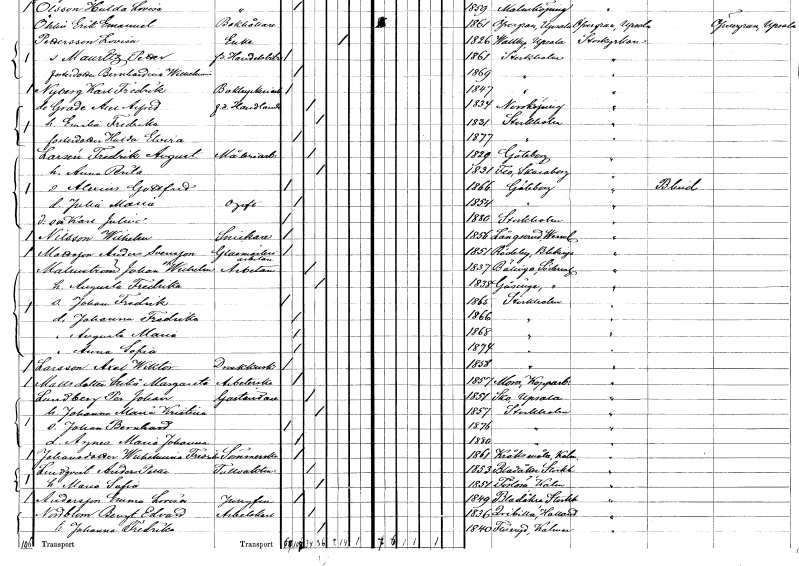
gt_parse: households: individuals: FN: Fredrik August
EN: Larsén
YRKE: Måleriarbetare
KON: M
CIV: G
FODAR: 1829
FODFORS: Göteborg Göteborgs- och Bohuslän
FN: Anna Brita
KON: K
CIV: G
FODAR: 1831
FODFORS: Flo Skaraborgs län
FN: Alexius Gottfrid
KON: M
CIV: O
FODAR: 1866
FODFORS: Göteborg Göteborgs- och Bohuslän
FN: Julia Maria
KON: K
CIV: O
FODAR: 1854
FODFORS: Göteborg Göteborgs- och Bohuslän
FN: Karl Julius
KON: M
CIV: O
FODAR: 1880
FODFORS: Stockholm
FN: Wilhelm
EN: Nilsson
YRKE: Snickare
KON: M
CIV: O
FODAR: 1856
FODFORS: Långserud Värmlands län
FN: Anders
EN: Mattsson Svensson
YRKE: Glasmästeriarbetare
KON: M
CIV: O
FODAR: 1851
FODFORS: Rödeby Blekinge län
FN: Johan Wilhelm
EN: Malmström
YRKE: Arbetare
KON: M
CIV: G
FODAR: 1837
FODFORS: Bälinge Södermanlands län
FN: Augusta Fredrika
KON: K
CIV: G
FODAR: 1838
FODFORS: Gåsinge Södermanlands län
FN: Johan Fredrik
KON: M
CIV: O
FODAR: 1865
FODFORS: Stockholm
FN: Johanna Fredrika
KON: K
CIV: O
FODAR: 1866
FODFORS: Stockholm
FN: Augusta Maria
KON: K
CIV: O
FODAR: 1868
FODFORS: Stockholm
FN: Anna Sofia
KON: K
CIV: O
FODAR: 1874
FODFORS: Stockholm
FN: Axel Wiktor
EN: Larsson
YRKE: Droskkusk
KON: M
CIV: O
FODAR: 1858
FODFORS: Stockholm
FN: Stikå Margareta
EN: Mattsdotter
YRKE: Arbeterska
KON: K
CIV: O
FODAR: 1857
FODFORS: Mora Kopparbergs län
FN: Per Johan
EN: Lundberg
YRKE: Gaständare
KON: M
CIV: G
FODAR: 1851
FODFORS: Sko Uppsala län
FN: Johanna Maria Kristina
KON: K
CIV: G
FODAR: 1857
FODFORS: Stockholm
FN: Johan Bernhard
KON: M
CIV: O
FODAR: 1876
FODFORS: Stockholm
FN: Agnes Maria Johanna
KON: K
CIV: O
FODAR: 1880
FODFORS: Stockholm
FN: Wilhelmina Fredrika
EN: Johansdotter
YRKE: Sömmerska
KON: K
CIV: O
FODAR: 1861
FODFORS: Kråksmåla Kalmar län
FN: Anders Petter
EN: Lindqvist
YRKE: Tullvaktmästare
KON: M
CIV: G
FODAR: 1853
FODFORS: Bladåker Uppsala län
FN: Maria Sofia
KON: K
CIV: G
FODAR: 1851
FODFORS: Förlösa Kalmar län
FN: Emma Lovisa
EN: Andersson
YRKE: Jungfru
KON: K
CIV: O
FODAR: 1849
FODFORS: Bladåker Uppsala län
FN: Bengt Edvard
EN: Nordblom
YRKE: Arbetskarl
KON: M
CIV: G
FODAR: 1836
FODFORS: Kvibille Hallands län
FN: Johanna Fredrika
KON: K
CIV: G
FODAR: 1840
FODFORS: Fliseryd Kalmar län